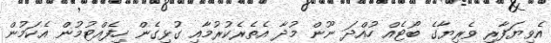
އެވިޔަފާރި ވެރިޔާގެ ބޯޓެއް ހުއްދަ ނޫން މުދާ އެތެރެކުރުމާއި ގުޅިގެން ހިފެއްޓުމުން އެކަމުން